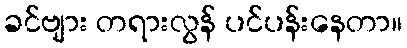
ခင်ဗျား တရားလွန် ပင်ပန်းနေတာ။